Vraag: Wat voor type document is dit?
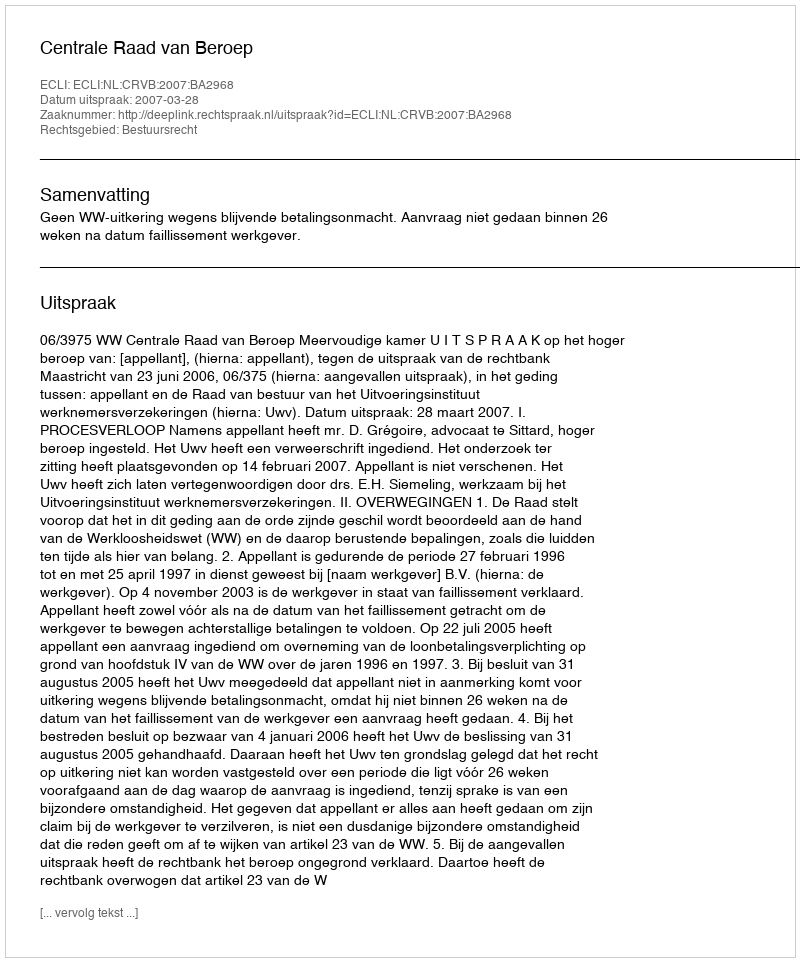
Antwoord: Uitspraak